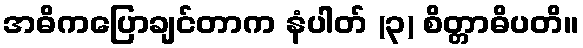
အဓိကပြောချင်တာက နံပါတ် (၃) စိတ္တာဓိပတိ။